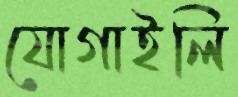
যোগাইলি